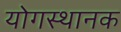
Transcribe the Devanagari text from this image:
योगस्थानक